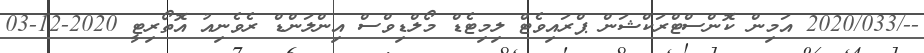
--/2020/033 އަމިން ކޮންސްޓްރަކްޝަން ޕްރައިވެޓް ލިމިޓެޑް މޯލްޑިވްސް އިންލަންޑް ރެވެނިއު އޮތޯރިޓީ 2020-12-03